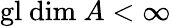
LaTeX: {\mathrm{gl~dim~}}A<\infty